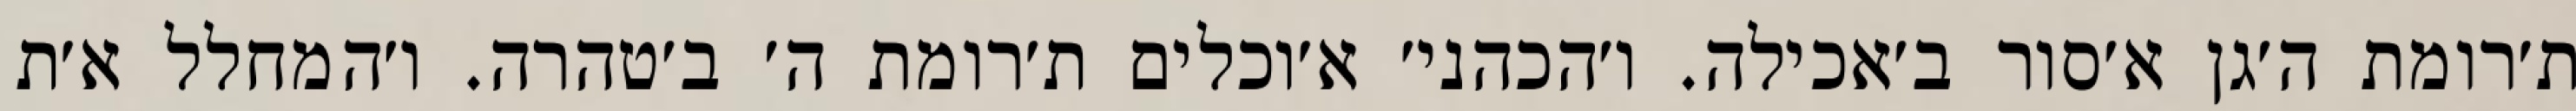
ת׳רומת ה׳גן א׳סור ב׳אכילה. ו׳הכהני׳ א׳וכלים ת׳רומת ה׳ ב׳טהרה. ו׳המחלל א׳ת